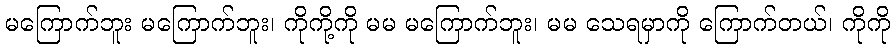
မကြောက်ဘူး မကြောက်ဘူး၊ ကိုကို့ကို မမ မကြောက်ဘူး၊ မမ သေရမှာကို ကြောက်တယ်၊ ကိုကို